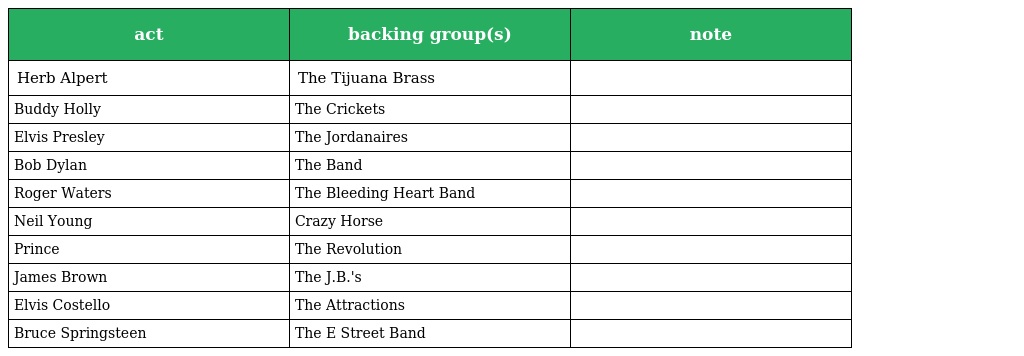
| act | backing group(s) | note |
 | --- | --- | --- |
 | Herb Alpert | The Tijuana Brass |  |
 | Buddy Holly | The Crickets |  |
 | Elvis Presley | The Jordanaires |  |
 | Bob Dylan | The Band |  |
 | Roger Waters | The Bleeding Heart Band |  |
 | Neil Young | Crazy Horse |  |
 | Prince | The Revolution |  |
 | James Brown | The J.B.'s |  |
 | Elvis Costello | The Attractions |  |
 | Bruce Springsteen | The E Street Band |  |